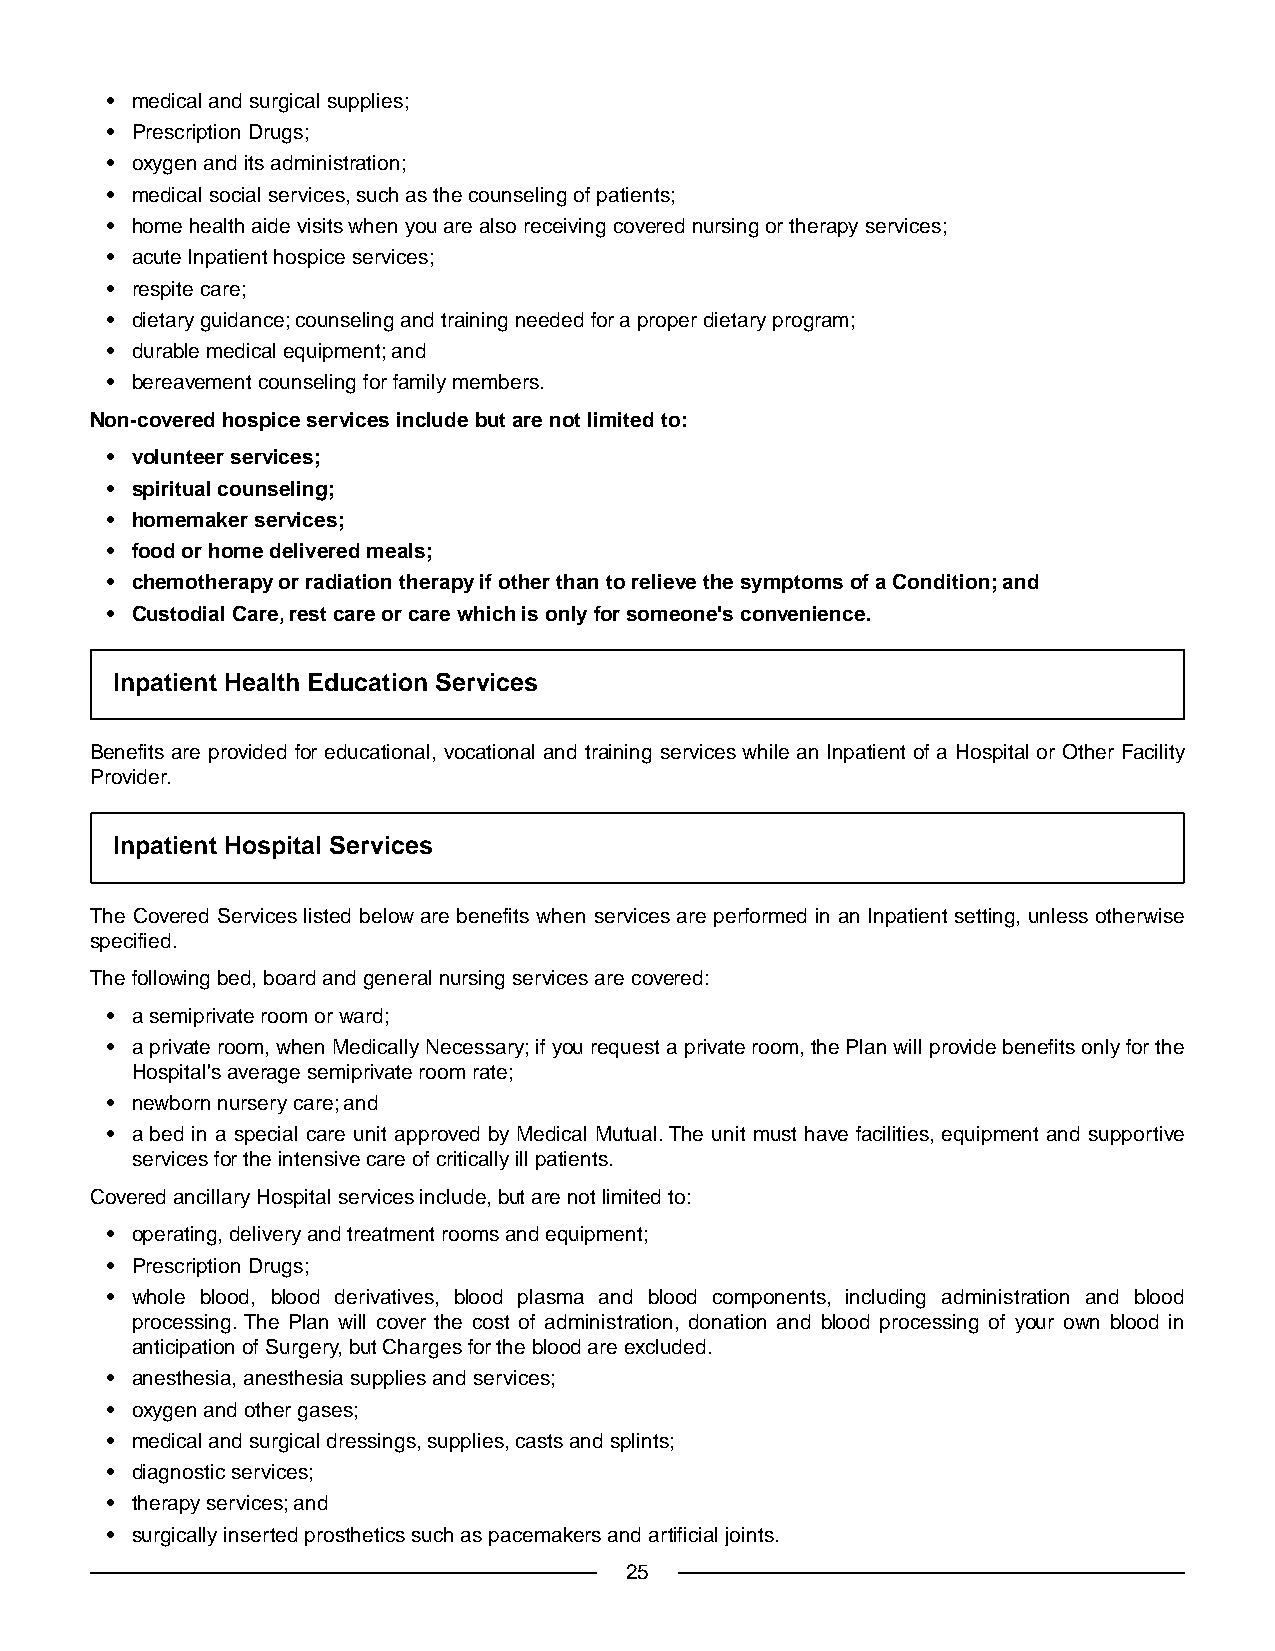
• medical and surgical supplies;
 • Prescription Drugs;
 • oxygen and its administration;
 • medical social services, such as the counseling of patients;
 • home health aide visits when you are also receiving covered nursing or therapy services;
 • acute Inpatient hospice services;
 • respite care;
 • dietary guidance; counseling and training needed for a proper dietary program;
 • durable medical equipment; and
 • bereavement counseling for family members.
 Non-covered hospice services include but are not limited to:
 • volunteer services;
 • spiritual counseling;
 • homemaker services;
 • food or home delivered meals;
 • chemotherapy or radiation therapy if other than to relieve the symptoms of a Condition; and
 • Custodial Care, rest care or care which is only for someone's convenience.
 Inpatient Health Education Services
 Benefits are provided for educational, vocational and training services while an Inpatient of a Hospital or Other Facility
 Provider.
 Inpatient Hospital Services
 The Covered Services listed below are benefits when services are performed in an Inpatient setting, unless otherwise
 specified.
 The following bed, board and general nursing services are covered:
 • a semiprivate room or ward;
 • a private room, when Medically Necessary; if you request a private room, the Plan will provide benefits only for the
 Hospital's average semiprivate room rate;
 • newborn nursery care; and
 • a bed in a special care unit approved by Medical Mutual.The unit must have facilities, equipment and supportive
 services for the intensive care of critically ill patients.
 Covered ancillary Hospital services include, but are not limited to:
 • operating, delivery and treatment rooms and equipment;
 • Prescription Drugs;
 • whole blood, blood derivatives, blood plasma and blood components, including administration and blood
 processing.The Plan will cover the cost of administration, donation and blood processing of your own blood in
 anticipation of Surgery, but Charges for the blood are excluded.
 • anesthesia, anesthesia supplies and services;
 • oxygen and other gases;
 • medical and surgical dressings, supplies, casts and splints;
 • diagnostic services;
 • therapy services; and
 • surgically inserted prosthetics such as pacemakers and artificial joints.
 25